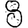
Digit: 8